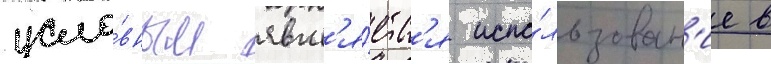
усло́вным явл'я́етс'я испо́льзован'ие в